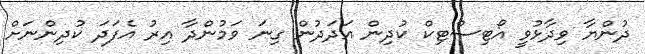
ދުންޔާ ވިދާޅުވީ އޯޓިސްޓިކް ކުދިން އަދަދުން ގިނަ ވަމުންދާ އިރު އެފަދަ ކުދިންނަށް